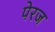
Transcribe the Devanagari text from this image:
पेरज